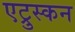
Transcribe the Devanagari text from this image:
एट्रुस्कन